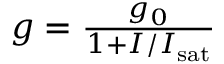
\begin{array} { r } { g = \frac { g _ { 0 } } { 1 + I / { I _ { \mathrm { s a t } } } } } \end{array}